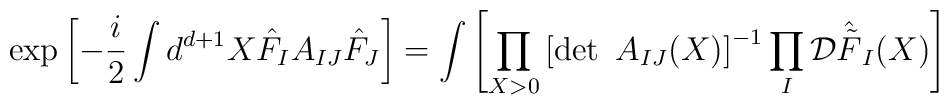
\exp \left[  - \frac{i}{2} \int d^{d+1} X \hat{F}_I A_{IJ}  \hat{F}_J \right] =  \int \left[ \prod_{X >0 } \left[ \det ~ A_{IJ} (X) \right]^{-1} \prod_I {\cal D} \hat{\tilde{F}}_I (X)  \right]